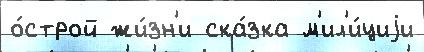
о́строй жи́зн'и ска́зка м'ил'и́циjи